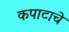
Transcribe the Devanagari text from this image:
कपाटाचे